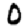
Digit: 0